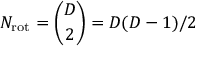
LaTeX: N _ { \mathrm { r o t } } = { \binom { D } { 2 } } = D ( D - 1 ) / 2